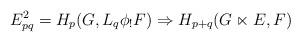
LaTeX: \begin{align*}E^2_{p q} = H_p(G, L_q \phi_! F) \Rightarrow H_{p + q}(G \ltimes E, F)\end{align*}